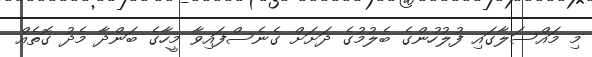
މި މައްސަލާގައި ފުލުހުންގެ ބެލުމުގެ ދަށަށް ގެނެސްފައިވާ މީހާގެ ބަންދާ މެދު ގޮތެއް